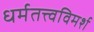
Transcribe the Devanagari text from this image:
धर्मतत्त्वविमर्श